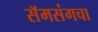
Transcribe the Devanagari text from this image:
सॅमसंगचा